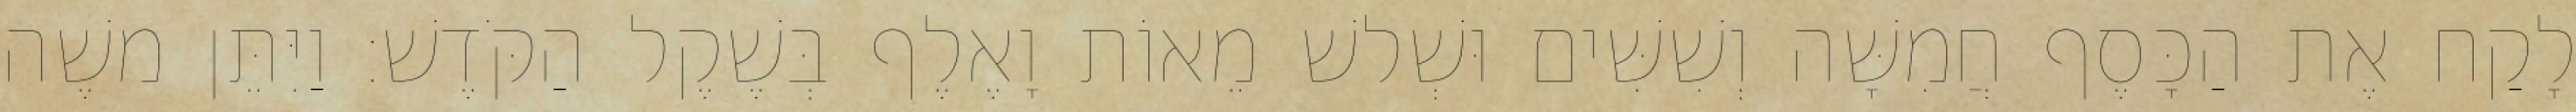
לָקַח אֶת הַכָּסֶף חֲמִשָּׁה וְשִׁשִּׁים וּשְׁלשׁ מֵאוֹת וָאֶלֶף בְּשֶׁקֶל הַקֹּדֶשׁ׃ וַיִּתֵּן משֶׁה